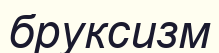
бруксизм